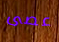
عصى